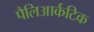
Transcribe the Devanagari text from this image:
पैलिआर्कटिक